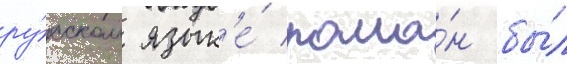
ру́сском язык'е́ рома́н бы́л